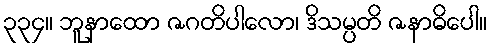
၃၃၄။ ဘူနာထော ဇဂတိပါလော၊ ဒိသမ္ပတိ ဇနာဓိပေါ။